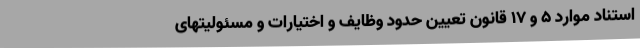
استناد موارد ۵ و ۱۷ قانون تعیین حدود وظایف و اختیارات و مسئولیتهای